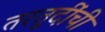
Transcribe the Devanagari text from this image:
तरतुदींची